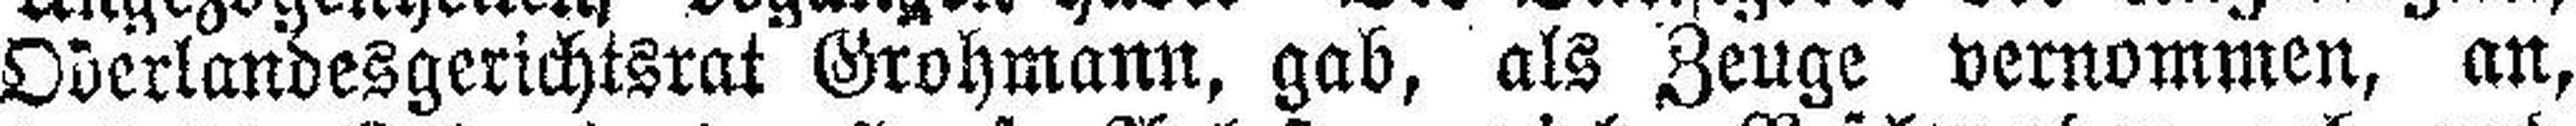
Oberlandesgerichtsrat Grohmann, gab, als Zeuge vernommen, an,